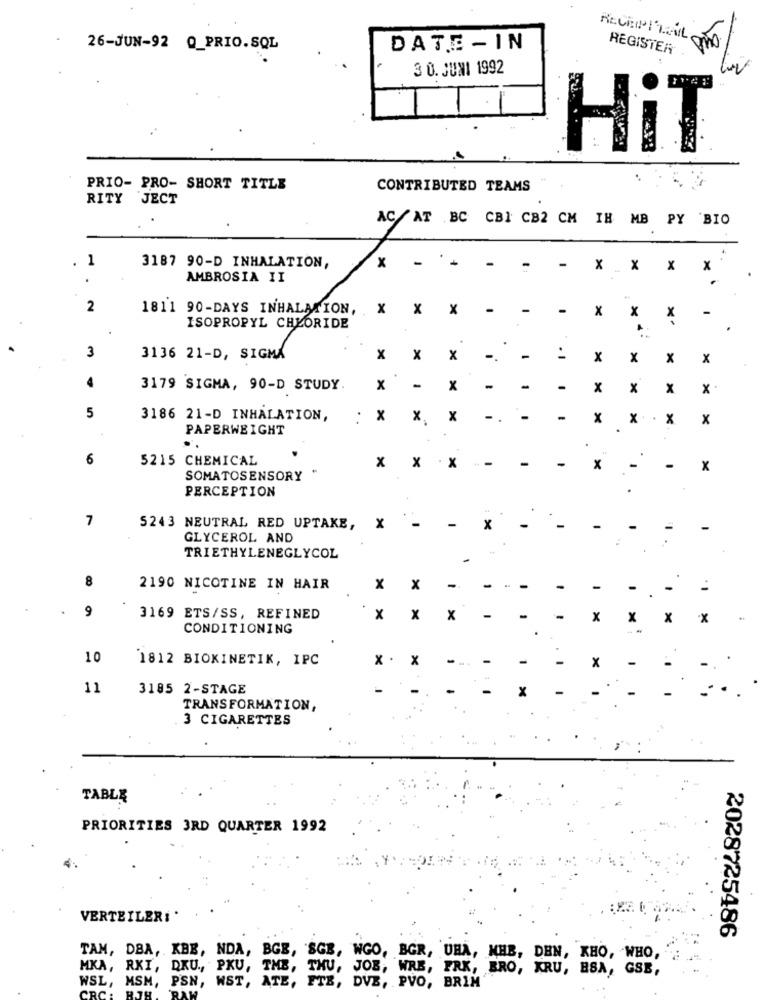
NECESITAN
26-JUN-92 Q_PRIO.SQL
DATE -IN
REGISTER
3 0. JUNI 1992
HiT
PRIO- PRO- SHORT TITLE
CONTRIBUTED TEAMS
RITY JECT
ACAT BC CBI CB2 CM IH MB PY BIO
1
x
-
.
3187 90-D INHALATION,
X .x
X
x
AMBROSIA II
.
2
1811 90-DAYS INHALATION, X X X
-
x
x
x
-
ISOPROPYL CHLORIDE
.
3
.
3136 21-D, SIGMA
x
X
x
-.
-
x
x
x
x
3179 SIGMA, 90-D STUDY
x
-
x
-
-
-
x
x
x
x
5
3186 21-D INHALATION,
.
x
X
x
-.
-
-
x
x . X
x
PAPERWEIGHT
6
5215 CHEMICAL
x
-
-
x
. X
x
-
x
SOMATOSENSORY
.
PERCEPTION
7
X
-
5243 NEUTRAL RED UPTAKE,
x
-
-
-
GLYCEROL AND
TRIETHYLENEGLYCOL
-
8
2190 NICOTINE IN HAIR
x
x
-
3169 ETS/SS, REFINED
x
x
x
CONDITIONING
10
1812 BIOKINETIK, IPC
x
X
11
3185 2-STAGE
TRANSFORMATION,
3 CIGARETTES
TABLE
PRIORITIES 3RD QUARTER 1992
VERTEILERI .
2028725486
TAM, DBA, KBE, NDA, BGE, 'SGB, WGO, BGR, UHA, MHB, DEN, KHO, WHO,
MKA, RKI, DKU ., PKU, THB, THU, JOE, WRB, FRK, BRO, KRU, ESA, GSB,
WSL, MSM, PSN, WST, ATE, FTE, DVB, PVO, BRIM
...